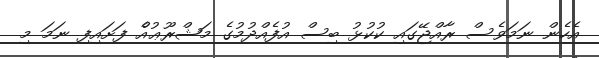
އެހެން ނަމަވެސް ރާއްޖޭގައި ކުކުޅު ބިސް އުފެއްދުމުގެ މަޝްރޫޢުއެް ފަށައިފި ނަމަ މި